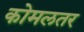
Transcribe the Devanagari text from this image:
कोमलतर